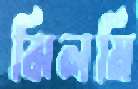
ঝিলমি